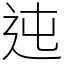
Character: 迍